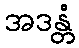
အဒန္တံ